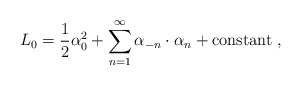
\begin{align*}L_0={1\over2}\alpha_0^2+\sum_{n=1}^\infty\alpha_{-n}\cdot\alpha_n+\mbox{constant}\ ,\end{align*}